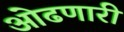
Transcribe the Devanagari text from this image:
ओढणारी